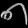
Digit: ၈